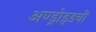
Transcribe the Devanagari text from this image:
अण्ड्रोइडची